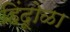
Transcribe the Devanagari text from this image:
हिंदूोळा